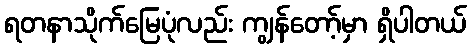
ရတနာသိုက်မြေပုံလည်း ကျွန်တော့်မှာ ရှိပါတယ်